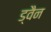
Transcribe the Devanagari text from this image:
ड्वैन